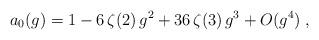
LaTeX: \begin{align*} a_0 (g) = 1 - 6 \, \zeta (2) \, g^2 + 36 \, \zeta (3) \, g^3 + O(g^4) \; ,\end{align*}